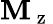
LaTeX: \mathbf{M}_{\mathrm{{~z~}}}